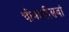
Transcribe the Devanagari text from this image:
चौवालीसवां